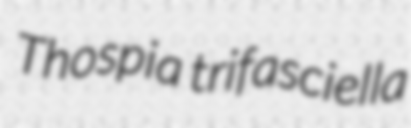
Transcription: Thospia trifasciella